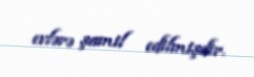
evlərə şamil edilmişdir.